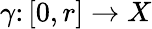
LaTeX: \gamma\colon[0,r]\to X